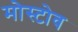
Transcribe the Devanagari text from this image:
मोस्टोव